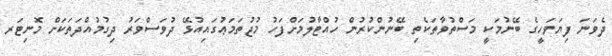
ދެވަނަ ފިޔަވަހީގެ ބޭނުމަކީ މަސްތުވާތަކެތި ބޭނުންކުރުން ހުއްޓާލުމަށްފަހު މުޖުތަމަޢުގައިއުޅޭ ދުވަސްވަރު ދިގުމުއްދަތަކަށް މޮނިޓަރ